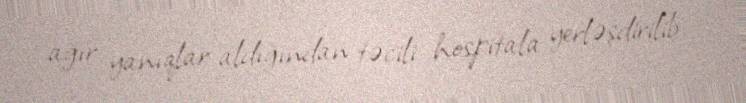
ağır yanıqlar aldığından təcili hospitala yerləşdirilib.